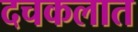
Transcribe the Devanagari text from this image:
दचकलात